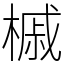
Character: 槭